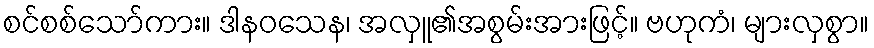
စင်စစ်သော်ကား။ ဒါနဝသေန၊ အလှူ၏အစွမ်းအားဖြင့်။ ဗဟုကံ၊ များလှစွာ။